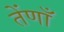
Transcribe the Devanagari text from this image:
तेंणाँ